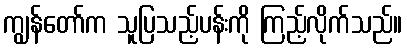
ကျွန်တော်က သူပြသည့်ပန်းကို ကြည့်လိုက်သည်။